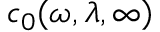
c _ { 0 } ( \omega , \lambda , \infty )